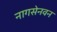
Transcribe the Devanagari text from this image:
नागसेनवन